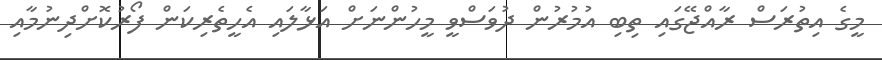
މީގެ އިތުރަސް ރާއްޖޭގައި ތިބި އުމުރުން ދުވަސްވީ މީހުންނަށް އަޅާލައި އެހީތެރިކަން ފޯރުކޮށްދިނުމާއި